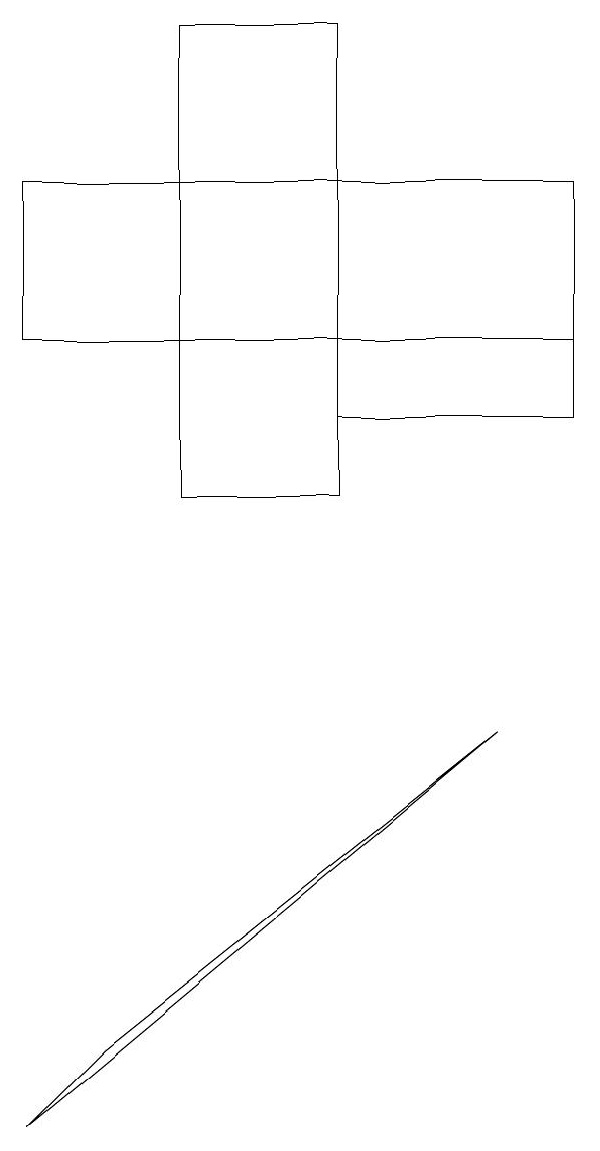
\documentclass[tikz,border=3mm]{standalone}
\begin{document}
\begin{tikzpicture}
\draw (1,4) -- (2,5) -- (7,9) -- cycle;
\draw (8,14) rectangle (1,16);
\draw (8,13) rectangle (5,16);
\draw (5,12) rectangle (3,18);
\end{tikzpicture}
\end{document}